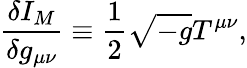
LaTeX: \frac{\delta I_{M}}{\delta g_{\mu\nu}}\equiv\frac{1}{2}\sqrt{-g}T^{\mu\nu},